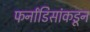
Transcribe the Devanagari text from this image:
फर्नांडिसांकडून